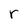
Character: r